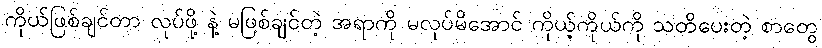
ကိုယ်ဖြစ်ချင်တာ လုပ်ဖို့ နဲ့ မဖြစ်ချင်တဲ့ အရာကို မလုပ်မိအောင် ကိုယ့်ကိုယ်ကို သတိပေးတဲ့ စာတွေ